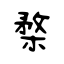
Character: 楘